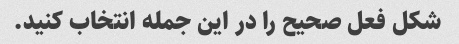
شکل فعل صحیح را در این جمله انتخاب کنید.